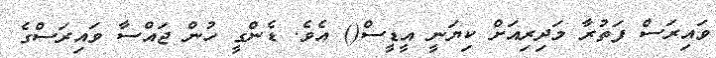
ވައިރަސް ފަތުރާ މަދިރިއަށް ކިޔަނީ އީޑީސް() އެވެ. ޑެންގީ ހުން ޖައްސާ ވައިރަސްގެ